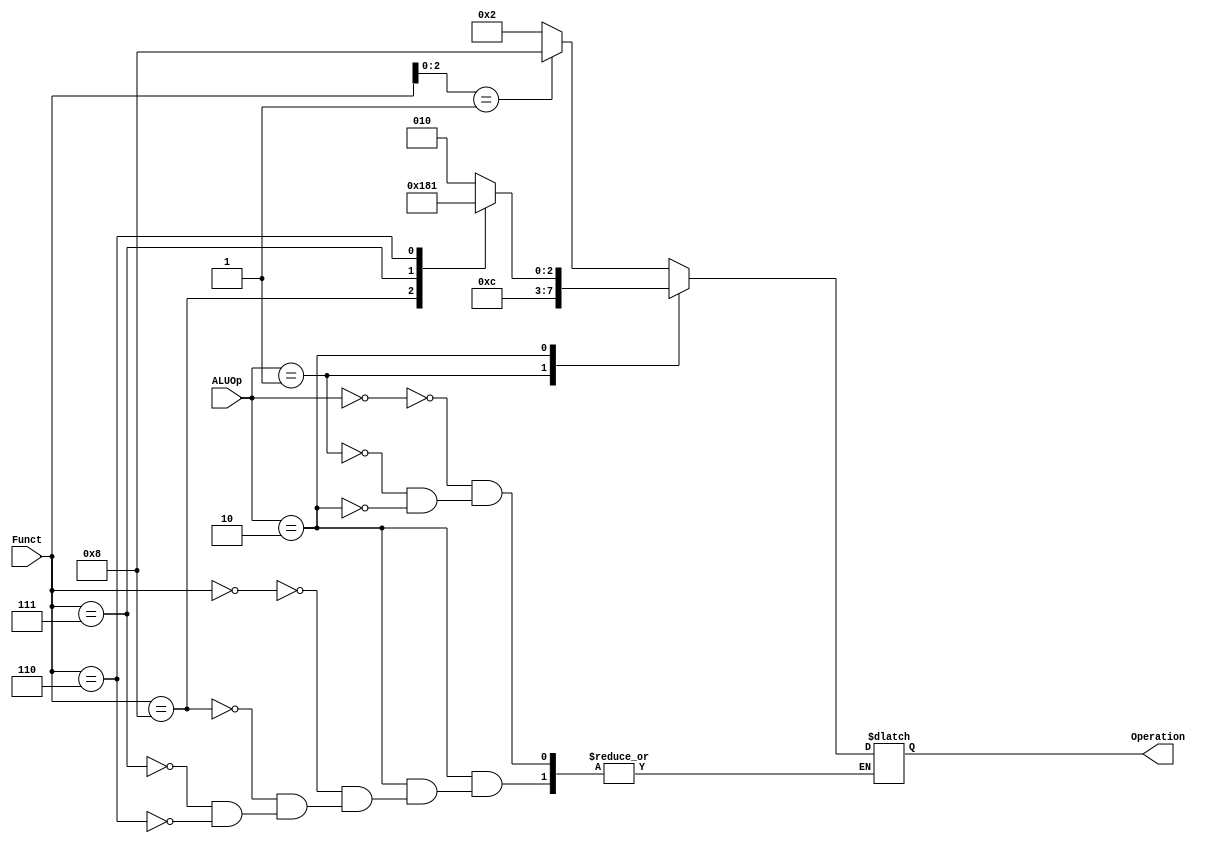
`timescale 1ns / 1ps
//////////////////////////////////////////////////////////////////////////////////
// Company: 
// Engineer: 
// 
// Design Name: 
// Module Name: ALU_Control
// Project Name: 
// Target Devices: 
// Tool Versions: 
// Description: 
// 
// Dependencies: 
// 
// Revision:
// Revision 0.01 - File Created
// Additional Comments:
// 
//////////////////////////////////////////////////////////////////////////////////

module ALU_Control(
    input [1:0] ALUOp,
    input [3:0] Funct,
    output reg [3:0] Operation
    );
    
    always @ (ALUOp or Funct)
	begin
		case(ALUOp)
			2'b00: // I Type
			begin
			case(Funct[2:0])
				4'b001: Operation = 4'b1000; // SLLI
				default: Operation = 4'b0010; // I - Type (ld, sd)
			endcase
			end
			2'b01: Operation = 4'b0110; // SB Type (Beq)
			2'b10: // R Type 
			begin 
			case(Funct)
				4'b0000: Operation = 4'b0010;
				4'b1000: Operation = 4'b0110;
				4'b0111: Operation = 4'b0000;
				4'b0110: Operation = 4'b0001;
			endcase
			end
		endcase
	end
endmodule